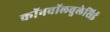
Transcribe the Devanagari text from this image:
कॉनवॉलवुलेसिई